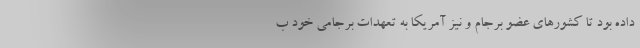
داده بود تا کشورهای عضو برجام و نیز آمریکا به تعهدات برجامی خود ب